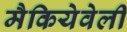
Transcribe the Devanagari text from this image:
मैकियेवेली